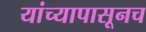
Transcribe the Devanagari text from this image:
यांच्यापासूनच